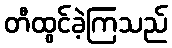
တီထွင်ခဲ့ကြသည်